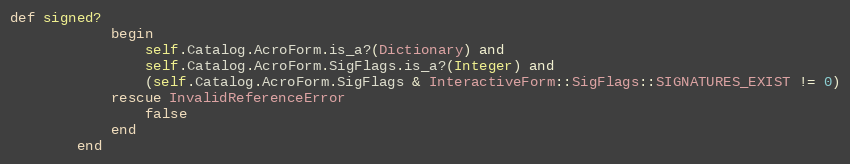
Language: Ruby
def signed?
            begin
                self.Catalog.AcroForm.is_a?(Dictionary) and
                self.Catalog.AcroForm.SigFlags.is_a?(Integer) and
                (self.Catalog.AcroForm.SigFlags & InteractiveForm::SigFlags::SIGNATURES_EXIST != 0)
            rescue InvalidReferenceError
                false
            end
        end